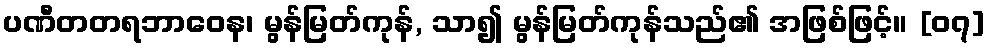
ပဏီတတရဘာဝေန၊ မွန်မြတ်ကုန်, သာ၍ မွန်မြတ်ကုန်သည်၏ အဖြစ်ဖြင့်။ [၀၇]